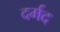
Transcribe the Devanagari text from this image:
दर्मद